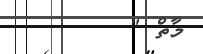
މާތް "